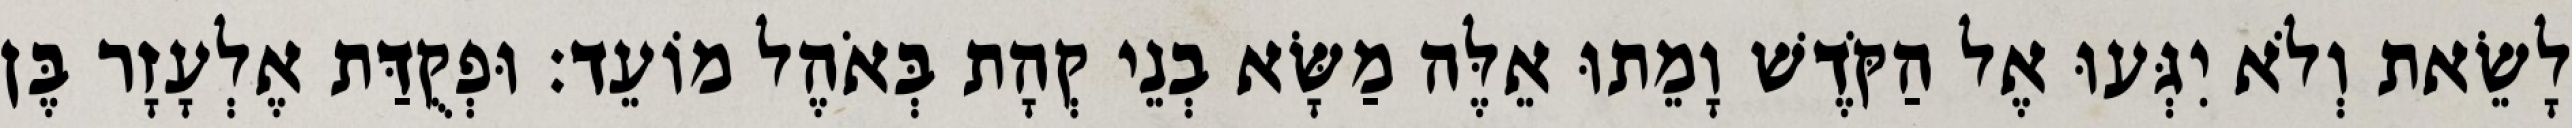
לָשֵׂאת וְלֹא יִגְּעוּ אֶל הַקֹּדֶשׁ וָמֵתוּ אֵלֶּה מַשָּׂא בְנֵי קְהָת בְּאֹהֶל מוֹעֵד׃ וּפְקֻדַּת אֶלְעָזָר בֶּן